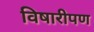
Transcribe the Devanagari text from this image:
विषारीपण